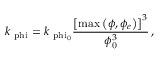
k _ { \mathrm { \ p h i } } = k _ { \mathrm { \ p h i _ { \mathrm { 0 } } } } \frac { \left[ \mathrm { m a x } \left( \phi , \phi _ { e } \right) \right] ^ { 3 } } { \phi _ { \mathrm { 0 } } ^ { 3 } } \, ,